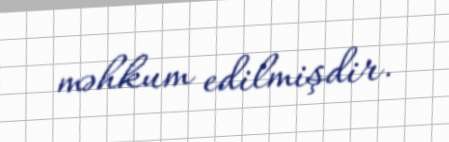
məhkum edilmişdir.